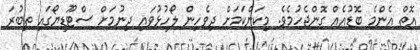
އޮތް އެންމެ ބޮޑުއެއް ގޮންޖެހުމެވެ. މިކަންކަމަށް ދިވެހިން ލޯހުޅުވައި ދިނުމަށް ސްޓޫޑިޔޯގައި ތިބުރަ